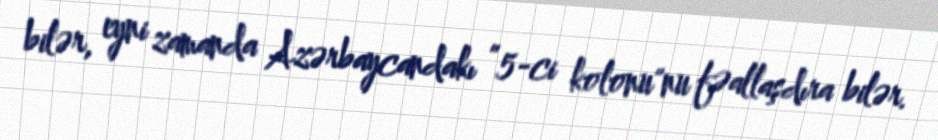
bilər, eyni zamanda Azərbaycandakı ”5-ci kolonu"nu fəallaşdıra bilər.